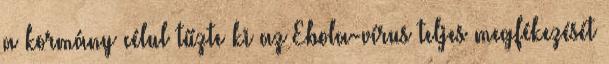
a kormány célul tűzte ki az Ebola-vírus teljes megfékezését